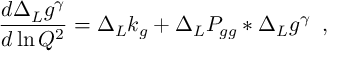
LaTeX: \frac { d \Delta _ { L } g ^ { \gamma } } { d \ln Q ^ { 2 } } = \Delta _ { L } k _ { g } + \Delta _ { L } P _ { g g } \ast \Delta _ { L } g ^ { \gamma } \; \; ,